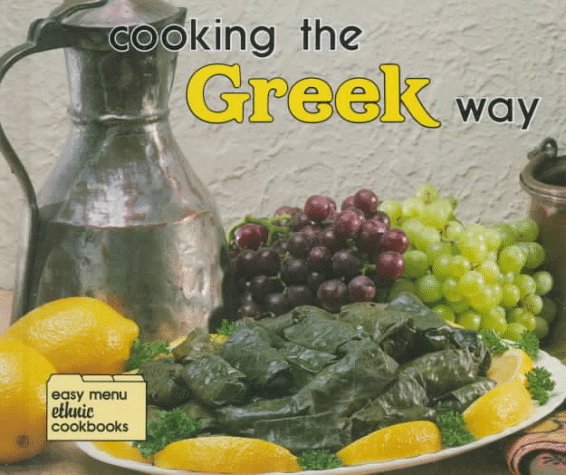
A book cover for Cooking the Greek Way (Easy Menu Ethnic Cookbooks); Lynne W. Villios; Teen & Young Adult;